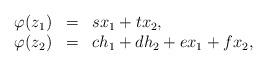
LaTeX: \begin{align*}\begin{array}{llllll}\varphi(z_1) &=& s x_1+tx_2,\\\varphi(z_2) &=& c h_1+d h_2 +e x_1+fx_2,\end{array}\end{align*}